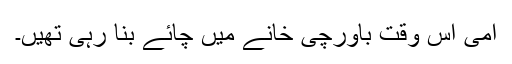
امی اس وقت باورچی خانے میں چائے بنا رہی تھیں۔